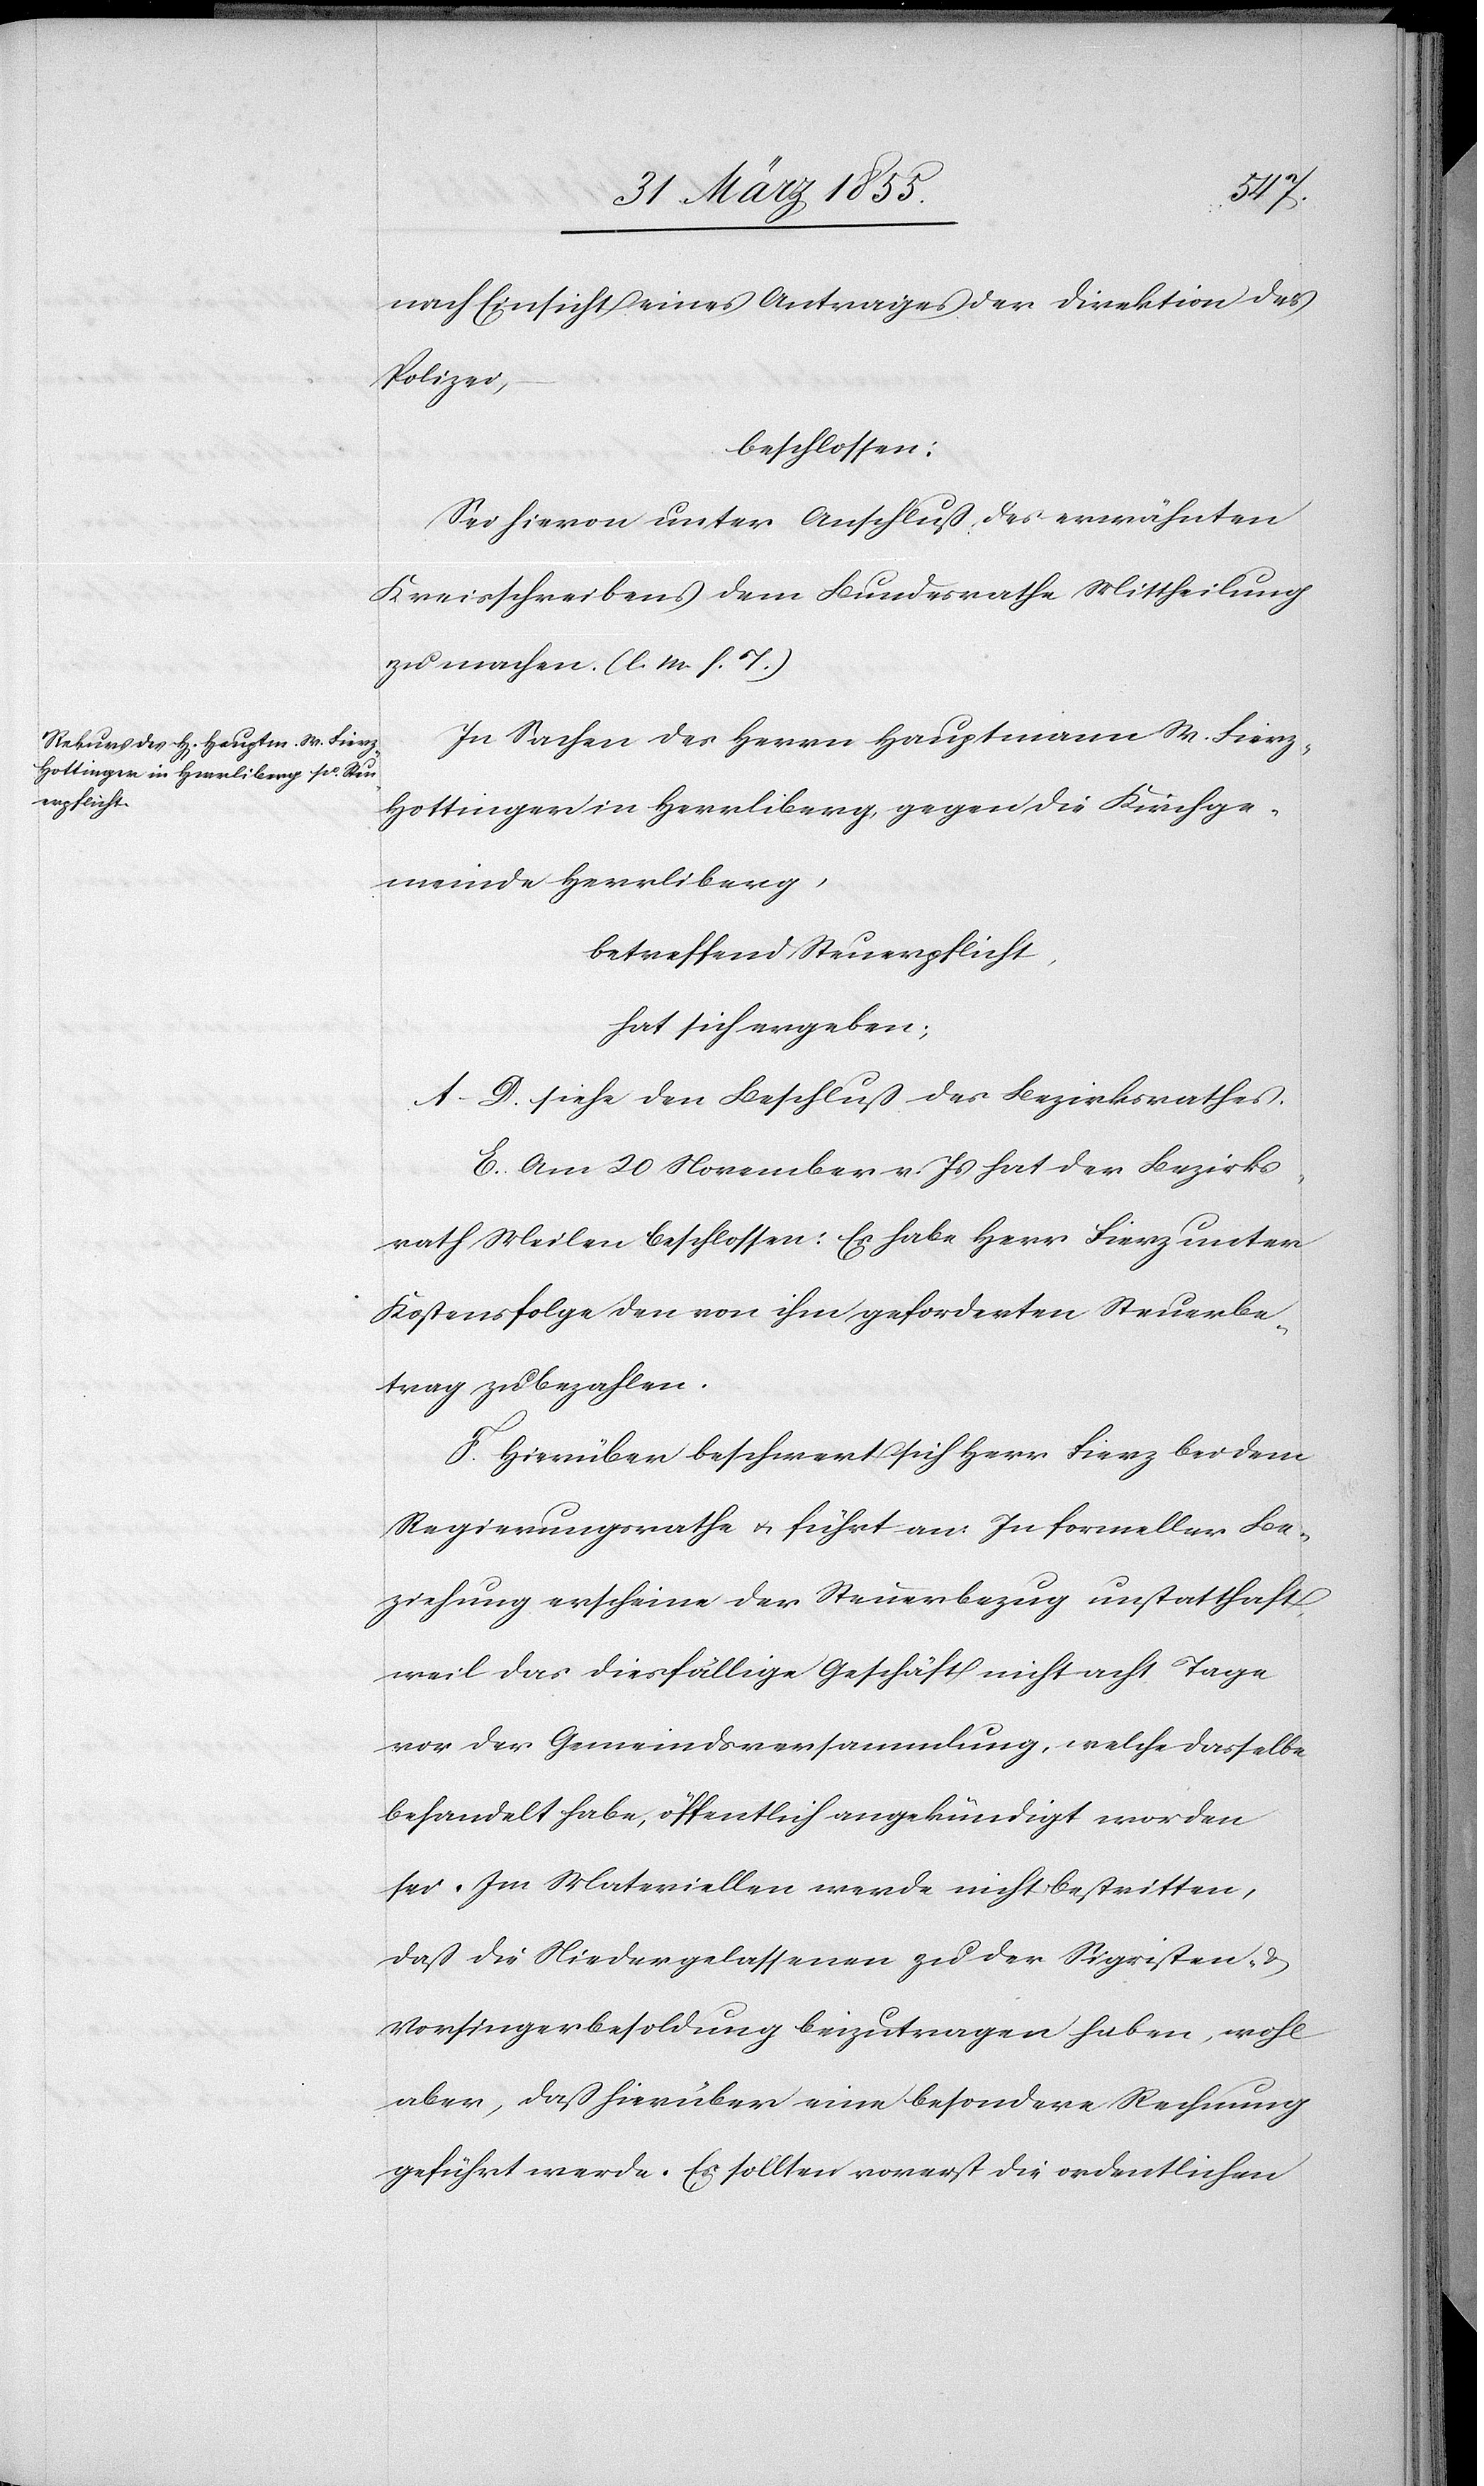
nach Einsicht eines Antrages der Direktion der
Polizei,
beschlossen:
Sei hievon unter Anschluß des erwähnten
Kreisschreibens dem Bundesrathe Mittheilung
zu machen. (l. M. h. T.)
In Sachen des Herrn Hauptmann W. Fierz-H¬
ottinger in Herrliberg, gegen die Kirchge¬
meinde Herrliberg,
betreffend Steuerpflicht,
hat sich ergeben:
A–D. siehe den Beschluß des Bezirksrathes.
E. Am 20 November v. Js hat der Bezirks¬
rath Meilen beschlossen: Es habe Herr Fierz unter
Kostensfolge den von ihm geforderten Steuerbe¬
trag zu bezahlen.
F. Hierüber beschwert sich Herr Fierz bei dem
Regierungsrathe & führt an: In formeller Be¬
ziehung erscheine der Steuerbezug unstatthaft,
weil das diesfällige Geschäft nicht acht Tage
vor der Gemeindsversammlung, welche dasselbe
behandelt habe, öffentlich angekündigt worden
sei. Im Materiellen werde nicht bestritten,
daß die Niedergelassenen zu der Sigristen- &
Vorsingerbesoldung beizutragen haben, wohl
aber, daß hierüber eine besondere Rechnung
geführt werde. Es sollten vorerst die ordentlichen